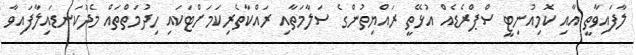
ލާފައިވާތީ އާއި ކޮމިއުނިޓީ ސްޕްރެޑެއް އުޅޭތީ ރައްޔިތުންގެ ސަލާމަތާއި ރައްކާތެރިކަމަށްޓަކައި ހިދުމަތްތައް މެދުކަނޑައިލާފައިވާ